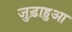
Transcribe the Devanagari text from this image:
जुड़ाहुआ